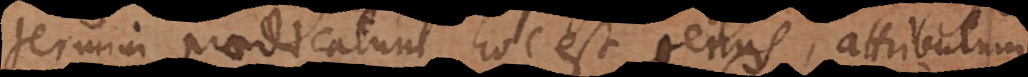
termini praedicatum, hoc est genus, attributum